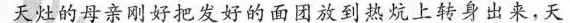
大灶的亲刚好把发好的面才放到热烧上转身出来，天